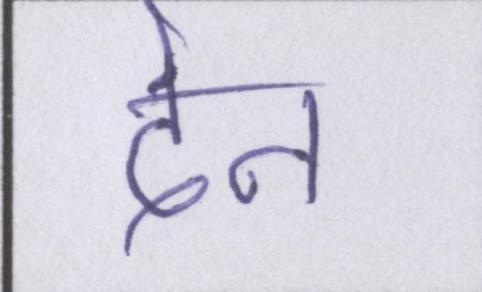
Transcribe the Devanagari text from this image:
देन